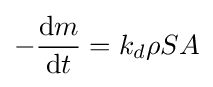
-{\operatorname {d} \!m \over \operatorname {d} \!t}=k_{d}\rho SA